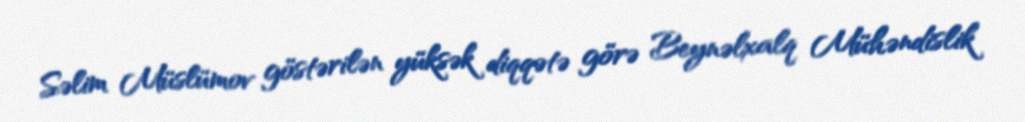
Səlim Müslümov göstərilən yüksək diqqətə görə Beynəlxalq Mühəndislik